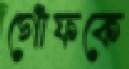
গোঁফকে